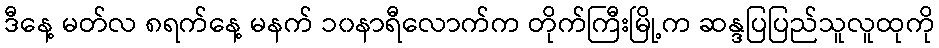
ဒီနေ့ မတ်လ ၈ရက်နေ့ မနက် ၁၀နာရီလောက်က တိုက်ကြီးမြို့က ဆန္ဒပြပြည်သူလူထုကို